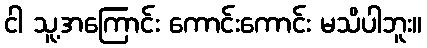
ငါ သူ့အကြောင်း ကောင်းကောင်း မသိပါဘူး။